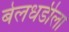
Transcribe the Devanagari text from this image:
बेलधडीला